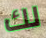
لك